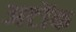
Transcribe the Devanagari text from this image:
अटोंक